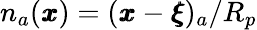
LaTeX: n_{a}({\pmb x})=({\pmb x}-{\pmb\xi})_{a}/R_{p}